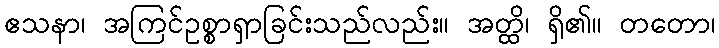
ဧသနာ၊ အကြင်ဥစ္စာရှာခြင်းသည်လည်း။ အတ္ထိ၊ ရှိ၏။ တတော၊